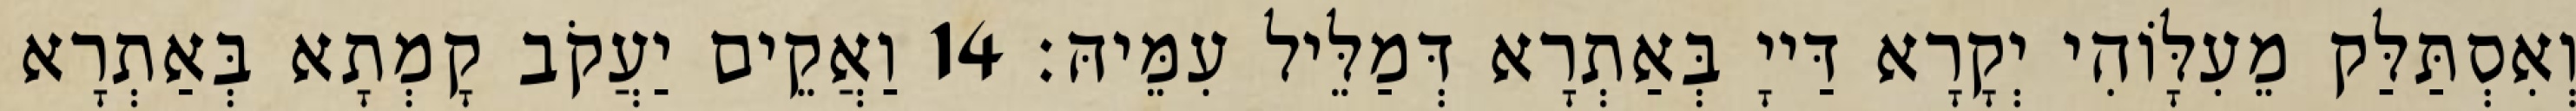
וְאִסְתַּלַּק מֵעִלָּוֹהִי יְקָרָא דַּייָ בְּאַתְרָא דְּמַלֵּיל עִמֵּיהּ׃ 14 וַאֲקֵים יַעֲקֹב קָמְתָא בְּאַתְרָא